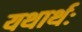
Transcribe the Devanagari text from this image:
यथार्थः